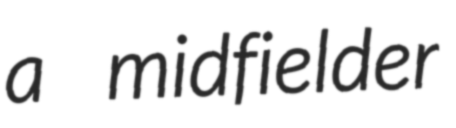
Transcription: a midfielder